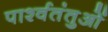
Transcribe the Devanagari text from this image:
पार्श्वतंतुओं